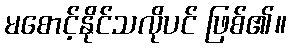
မစောင့်နိုင်သလိုပင် ဖြစ်၏။